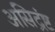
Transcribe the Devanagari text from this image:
असिद्रंष्ट